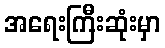
အရေးကြီးဆုံးမှာ